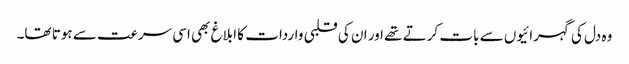
وہ دل کی گہرائیوں سے بات کرتے تھے اور ان کی قلبی واردات کا ابلاغ بھی اسی سرعت سے ہوتا تھا۔